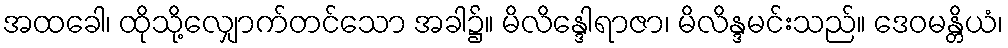
အထခေါ၊ ထိုသို့လျှောက်တင်သော အခါ၌။ မိလိန္ဒေါရာဇာ၊ မိလိန္ဒမင်းသည်။ ဒေဝမန္တိယံ၊